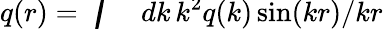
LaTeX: q(r)=\smash{\int_{0}^{\infty}dk\, k^{2}q(k)\sin(kr)/kr}